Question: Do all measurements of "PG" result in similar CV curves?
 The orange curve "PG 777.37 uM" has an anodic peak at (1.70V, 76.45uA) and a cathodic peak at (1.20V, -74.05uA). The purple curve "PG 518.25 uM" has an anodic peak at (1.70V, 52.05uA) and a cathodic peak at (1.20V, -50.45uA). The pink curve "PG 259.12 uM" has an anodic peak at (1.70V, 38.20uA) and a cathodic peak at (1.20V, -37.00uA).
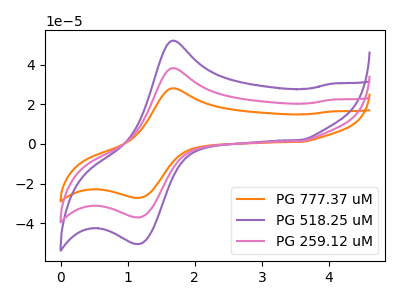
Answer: <think>All the peaks in "PG 777.37 uM" have a peak in "PG 518.25 uM" at the same potential. Every peak in "PG 777.37 uM" is higher than every peak in "PG 518.25 uM". All the peaks in "PG 777.37 uM" have a peak in "PG 259.12 uM" at the same potential. Every peak in "PG 777.37 uM" is higher than every peak in "PG 259.12 uM". All the peaks in "PG 518.25 uM" have a peak in "PG 259.12 uM" at the same potential. Every peak in "PG 518.25 uM" is higher than every peak in "PG 259.12 uM".
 </think>
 <answer>All the CV's of "PG" have similar shape.</answer>
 <eval>follow_rule</eval>